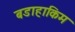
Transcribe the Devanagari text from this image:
बडाहाकिम